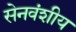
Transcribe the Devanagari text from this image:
सेनवंशीय